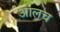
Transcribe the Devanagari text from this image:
आलच